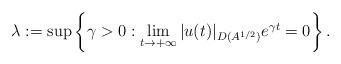
LaTeX: \begin{align*}\lambda:=\sup\left\{\gamma>0:\lim_{t\to+\infty}|u(t)|_{D(A^{1/2})}e^{\gamma t}=0\right\}.\end{align*}